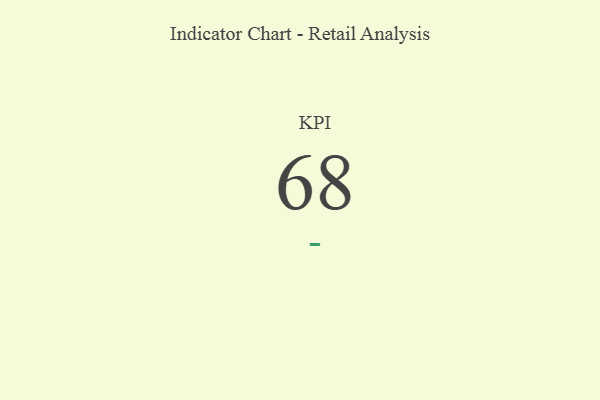
{"axis": {"x": "KPI", "y": "Value"}, "legend": [""], "data": [{"x": "KPI", "y": 68, "type": ""}]}